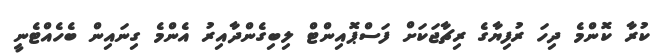
ކުރާ ކޮންމެ ދިހަ ރުފިޔާގެ ރިޗާޖަކަށް ފަސްޕޮއިންޓް ލިބިގެންދާއިރު އެންމެ ގިނައިން ބެހެއްޓެނީ